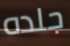
جلده